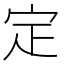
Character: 定